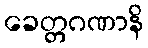
ခေတ္တဂဏာနိ